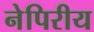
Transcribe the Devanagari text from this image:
नेपिरीय